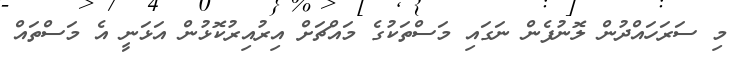
މި ސަރަހައްދުން ލޮނުފެން ނަގައި މަސްތަކުގެ މައްޗަށް އިރުއިރުކޮޅުން އަޅަނީ އެ މަސްތައް